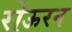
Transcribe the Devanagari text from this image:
रोऊरन